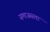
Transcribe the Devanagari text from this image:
समाजसत्ता